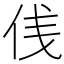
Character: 𠈙